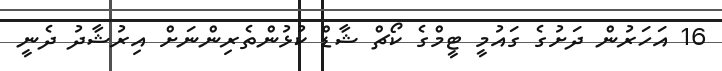
16 އަހަރުން ދަށުގެ ގައުމީ ޓީމްގެ ކޯޗް ޝާޑް ކުޅުންތެރިންނަށް އިރުޝާދު ދެނީ